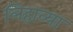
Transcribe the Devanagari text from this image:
लिहाव्या